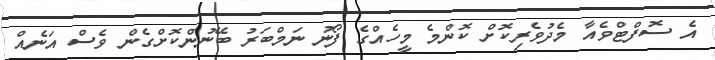
އެ ސޮފްޓްވެއާ މެދުވެރިކޮށް ކޮންމެ މީހެއްގެ ފޯނު ނަމްބަރު ބޭނުންކޮށްގެން ވެސް އަނެއް